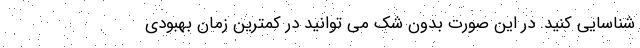
شناسایی کنید. در این صورت بدون شک می توانید در کمترین زمان بهبودی